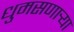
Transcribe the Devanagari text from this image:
धुमसणार्‍या